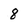
Character: 8